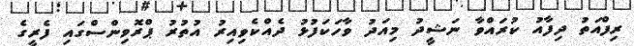
ރިފްއަތު ދިފާއު ކުރައްވާ ނަޝީދު މިއަދު ވާހަކަފުޅު ދެއްކެވިއިރު އުތުރު ޕްރޮވިންސްގައި ފެރީގެ